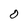
Character: 0